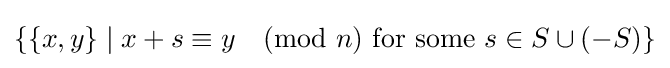
\{\{x,y\}\mid x+s\equiv y{\pmod {n}}{\text{ for some }}s\in S\cup (-S)\}